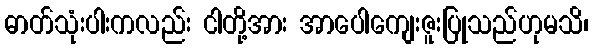
ဓာတ်သုံးပါးကလည်း ငါတို့အား အာပေါကျေးဇူးပြုသည်ဟုမသိ၊